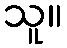
သူ။